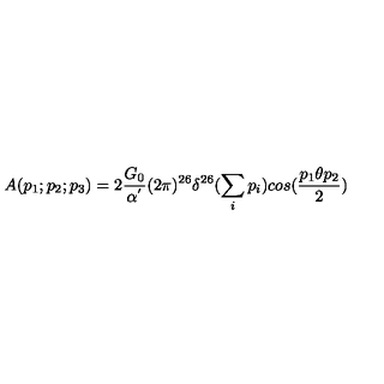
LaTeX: A ( p _ { 1 } ; p _ { 2 } ; p _ { 3 } ) = 2 \frac { G _ { 0 } } { \alpha ^ { ' } } ( 2 \pi ) ^ { 2 6 } \delta ^ { 2 6 } ( \sum _ { i } p _ { i } ) c o s ( \frac { p _ { 1 } \theta p _ { 2 } } { 2 } )